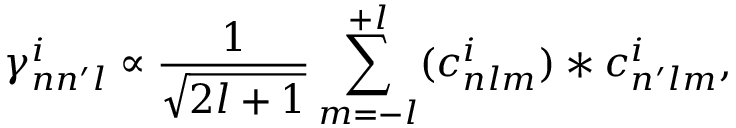
\centering \gamma _ { n n ^ { \prime } l } ^ { i } \propto \frac { 1 } { \sqrt { 2 l + 1 } } \sum _ { m = - l } ^ { + l } ( c _ { n l m } ^ { i } ) * c _ { n ^ { \prime } l m } ^ { i } ,